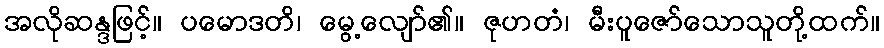
အလိုဆန္ဒဖြင့်။ ပမောဒတိ၊ မွေ့လျော်၏။ ဇုဟတံ၊ မီးပူဇော်သောသူတို့ထက်။